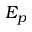
E _ { p }